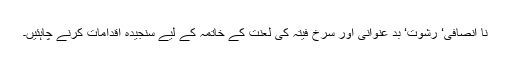
نا انصافی‘ رشوت‘ بد عنوانی اور سرخ فیتہ کی لعنت کے خاتمہ کے لیے سنجیدہ اقدامات کرنے چاہئیں۔